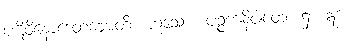
ပဋိဝိနောဒေတဗ္ဗောတိ၊ ဟူသော။ ပဉ္စကနိပါတေ၊ ၌။ ဣဒံ